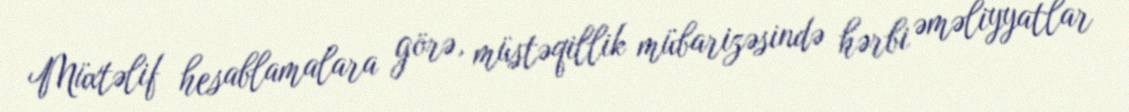
Müxtəlif hesablamalara görə, müstəqillik mübarizəsində hərbi əməliyyatlar